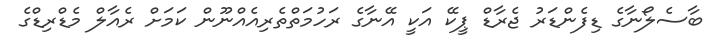
ބާސެލޯނާގެ ޑިފެންޑަރު ޖެރާޑް ޕީކޭ އަކީ އޭނާގެ ރަހުމަތްތެރިއެއްނޫން ކަމަށް ރެއާލް މެޑްރިޑްގެ